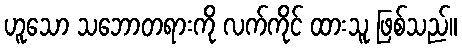
ဟူသော သဘောတရားကို လက်ကိုင် ထားသူ ဖြစ်သည်။